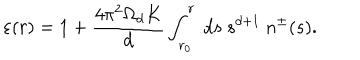
LaTeX: \varepsilon ( r ) = 1 + \frac { 4 \pi ^ { 2 } \Omega _ { d } K } { d } \int _ { r _ { 0 } } ^ { r } ~ d s ~ s ^ { d + 1 } ~ n ^ { \pm } ( s ) .